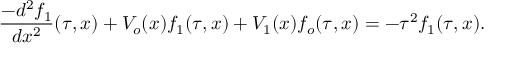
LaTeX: \frac { - d ^ { 2 } f _ { 1 } } { d x ^ { 2 } } ( \tau , x ) + V _ { o } ( x ) f _ { 1 } ( \tau , x ) + V _ { 1 } ( x ) f _ { o } ( \tau , x ) = - \tau ^ { 2 } f _ { 1 } ( \tau , x ) .